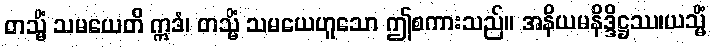
တသ္မိံ သမယေတိ ဣဒံ၊ တသ္မိံ သမယေဟူသော ဤစကားသည်။ အနိယမနိဒ္ဒိဋ္ဌဿ၊ယသ္မိံ